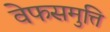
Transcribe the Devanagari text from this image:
वेफसमुत्ति